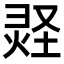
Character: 𪹂